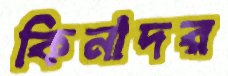
কিনাদর